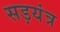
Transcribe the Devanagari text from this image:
सड़यंत्र